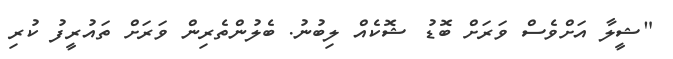
"ޝީލާ އަށްވެސް ވަރަށް ބޮޑު ޝޮކެއް ލިބުނު. ބެލުންތެރިން ވަރަށް ތައުރީފު ކުރި